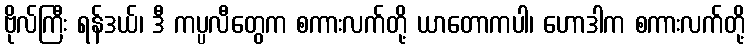
ဗိုလ်ကြီး ရန်ဒယ်၊ ဒီ ကပ္ပလီတွေက စကားလက်တို့ ယာတောကပါ၊ ဟောဒါက စကားလက်တို့